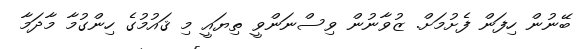
ބޭނުން ހިފަން ފެށުމަށް. ޒުވާނުން ވިސްނަންވީ ތިޔައީ މި ޤައުމުގެ ހިންގުމާ މާދަމާ